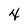
Character: 4